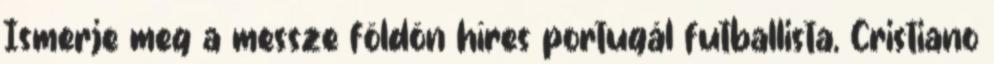
Ismerje meg a messze földön híres portugál futballista, Cristiano